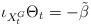
LaTeX: \begin{align*}\iota_{X_t^G}\Theta_t=-\tilde{\beta}\end{align*}